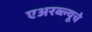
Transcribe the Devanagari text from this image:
एअरब्ल्यूचे